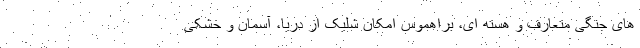
های جنگی متعارف و هسته ای، براهموس امکان شلیک از دریا، آسمان و خشکی